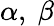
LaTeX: \alpha,~\beta